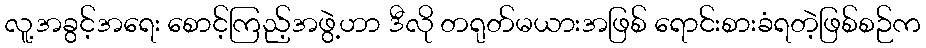
လူ့အခွင့်အရေး စောင့်ကြည့်အဖွဲ့ဟာ ဒီလို တရုတ်မယားအဖြစ် ရောင်းစားခံရတဲ့ဖြစ်စဉ်က